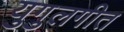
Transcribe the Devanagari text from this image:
युगुलगीत